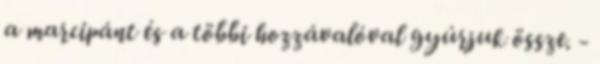
a marcipánt és a többi hozzávalóval gyúrjuk össze. -